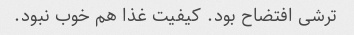
ترشی افتضاح بود. کیفیت غذا هم خوب نبود.